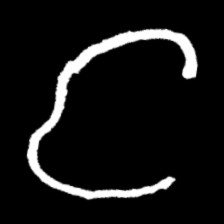
Pyu character \u2014 Myanmar letter: င (romanized: nga)